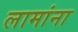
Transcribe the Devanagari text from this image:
लामांना